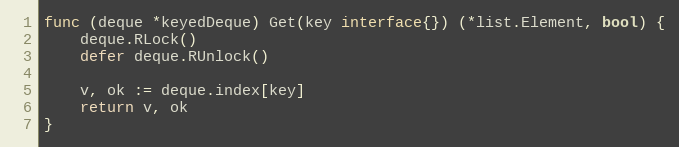
Language: Go
func (deque *keyedDeque) Get(key interface{}) (*list.Element, bool) {
	deque.RLock()
	defer deque.RUnlock()

	v, ok := deque.index[key]
	return v, ok
}